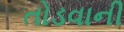
તોડવાની